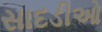
સાદડીઓ